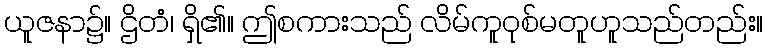
ယူဇနာ၌။ ဌိတံ၊ ရှိ၏။ ဤစကားသည် လိမ်ကူဝုစ်မတူဟူသည်တည်း။